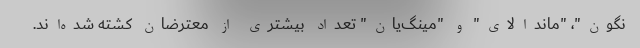
نگون"، "ماندالای" و "مینگ‌یان" تعداد بیشتری از معترضان کشته شده‌اند.